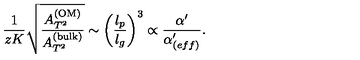
{ \frac { 1 } { z K } } \sqrt { \frac { A _ { T ^ { 2 } } ^ { \mathrm { ( O M ) } } } { A _ { T ^ { 2 } } ^ { \mathrm { ( b u l k ) } } } } \sim \left( { \frac { l _ { p } } { l _ { g } } } \right) ^ { 3 } \propto { \frac { \alpha ^ { \prime } } { \alpha _ { ( e f f ) } ^ { \prime } } } .